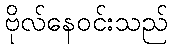
ဗိုလ်နေဝင်းသည်